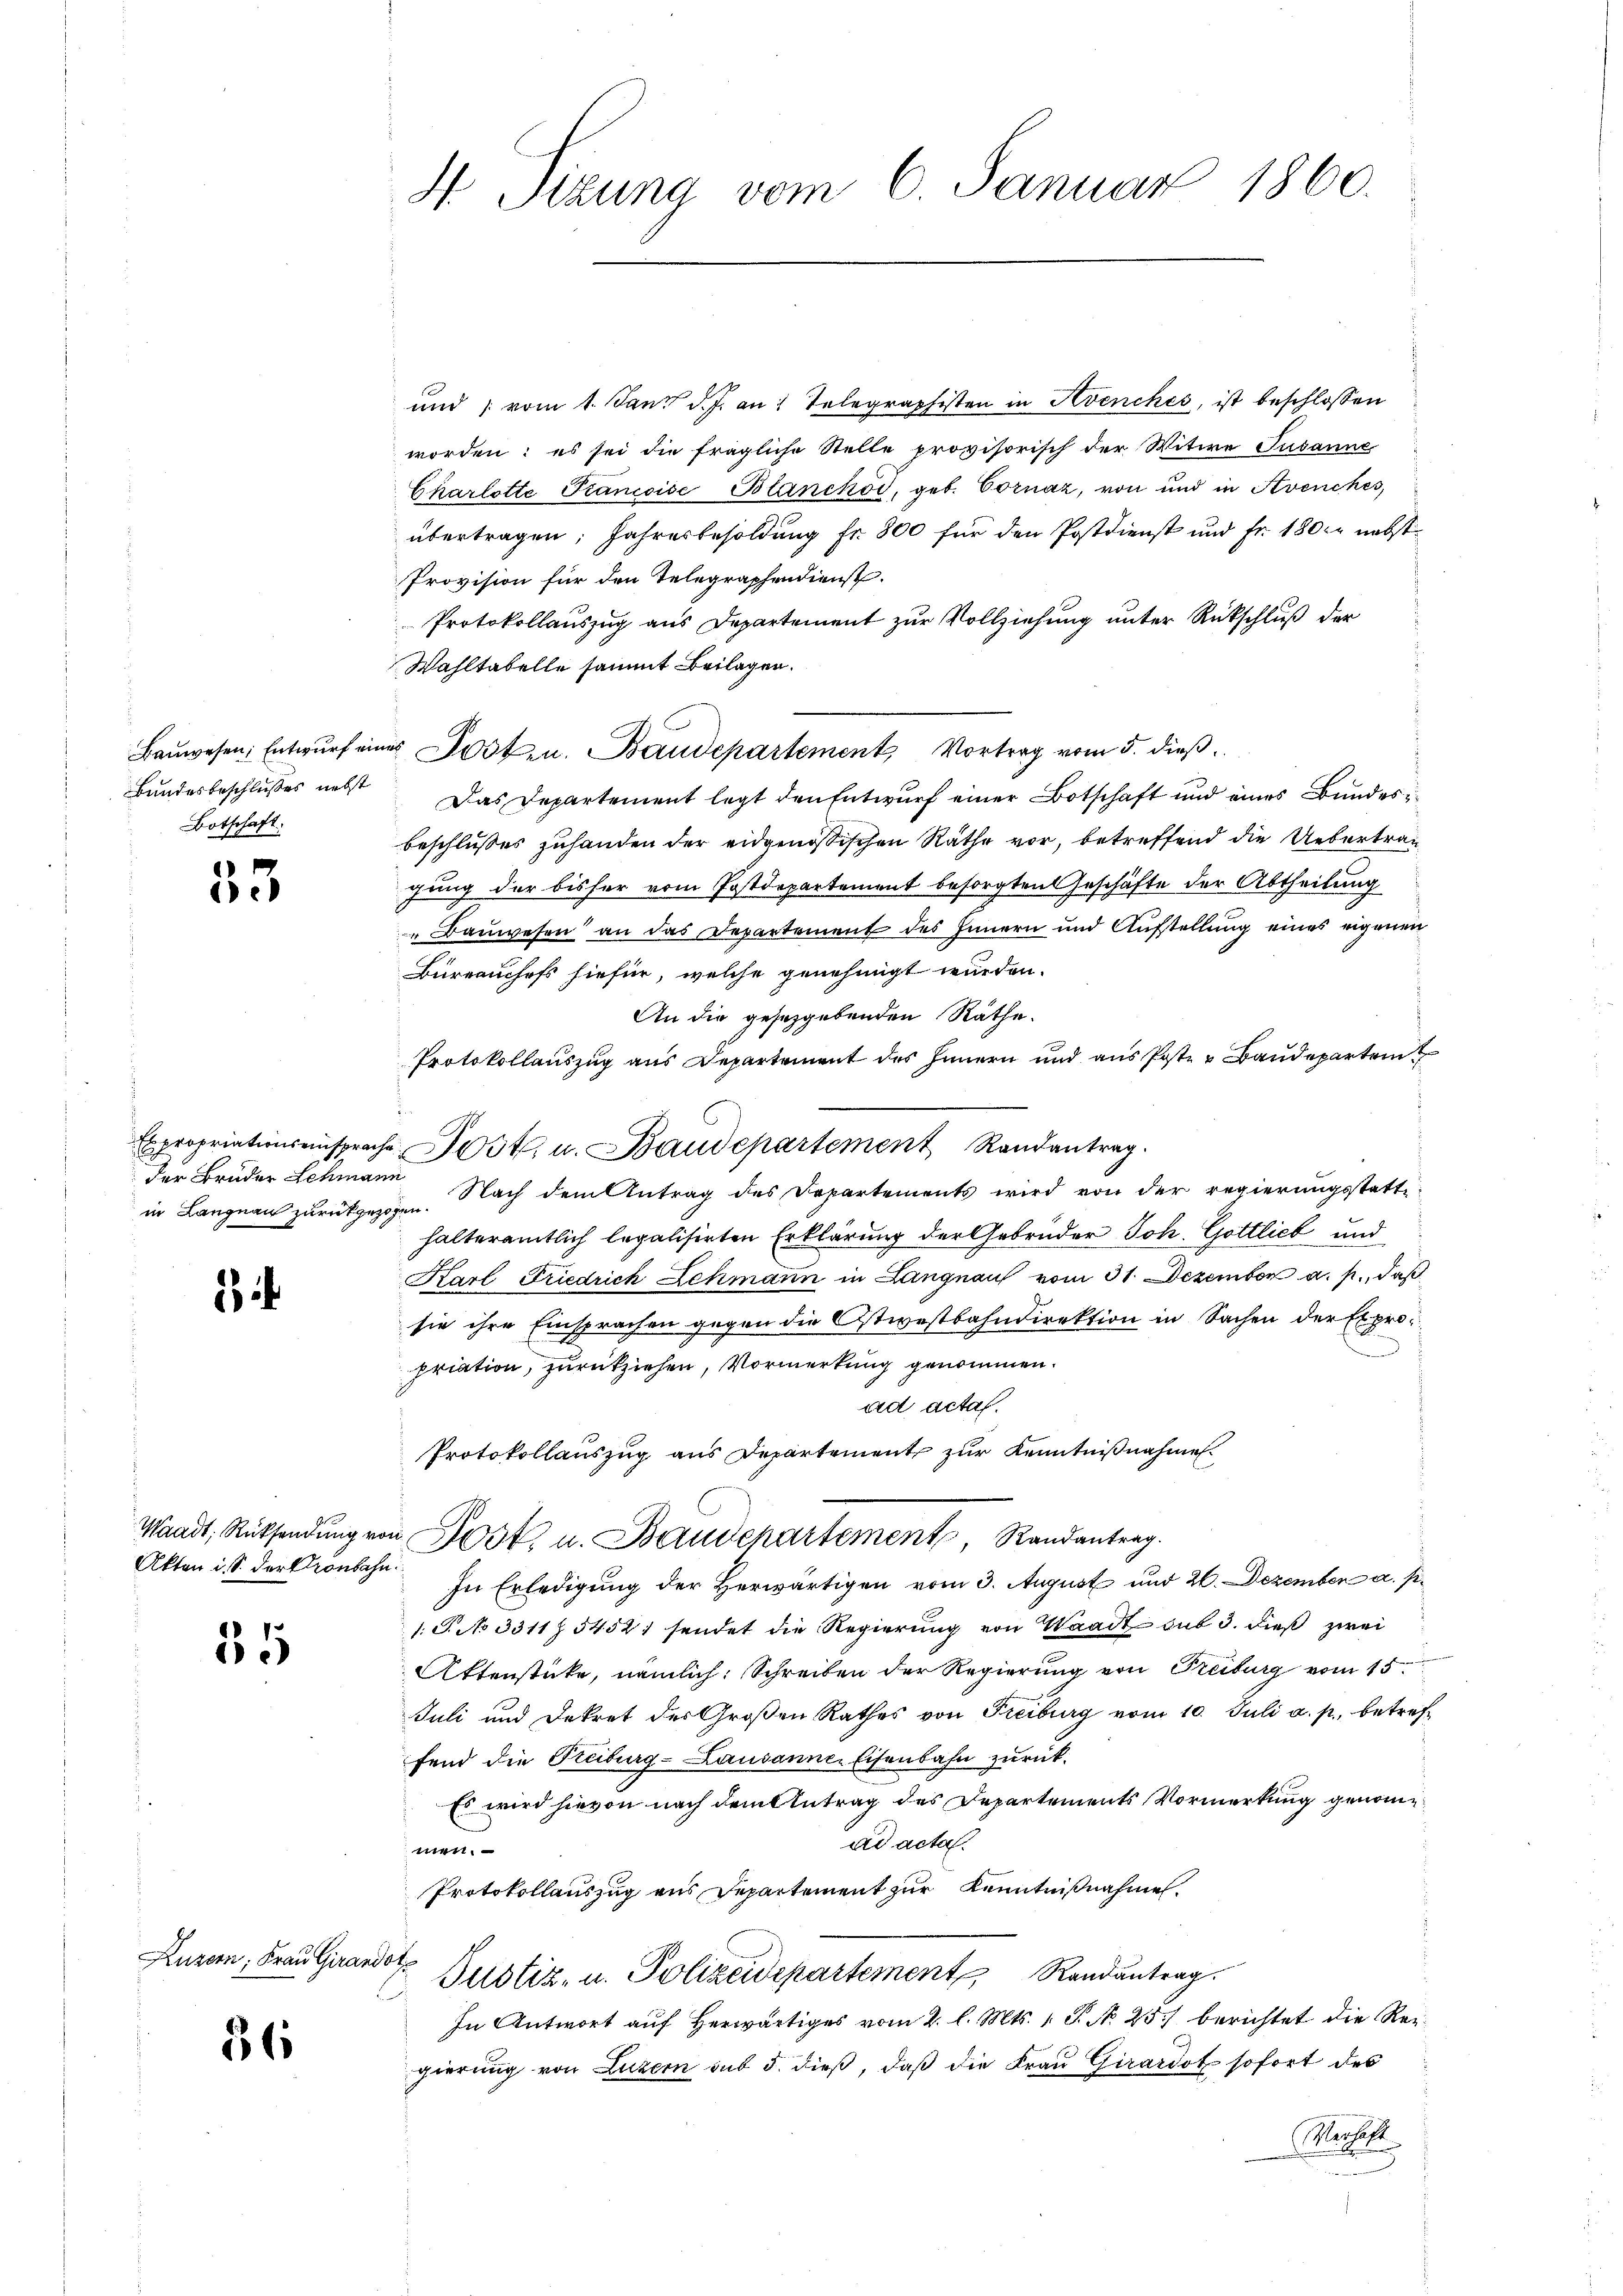
Bundesbeschlußes nebst
Botschaft.

35

der Bruder Schmann

2

Akten i. S. der Kronbahn

35

Luzern, Frau Girani

36

H Sizung vom 6. Januar 1860.

und vom 1. Janz d. J. an: Telegraphisten in Avenches, ist beschlossen
worden; es sei die fragliche Stelle provisorisch der Witwe Susanne
Charlotte Francoise Blanckod, geb. Cornaz, von und in Avenches,
übertragen: Jahresbesoldŭng fr. 800 für den Postdienst und fr. 1800 nebst
Provision für den Telegraphendienst.
Protokollauszug aus Departement zur Vollziehung unter Rückschluß der
Wahltabelle sammt Beilagen.
Baŭwesen; Entwurf eines Post- u. Baudepartement, Vortrag vom 5. dieß
Das Departement legt den Entwurf einer Botschaft und eines Bundesbeschlusses zuhanden der eidgenössischen Räthe vor, betreffend die Uebertrag
gung der bisher vom Postdepartement besorgten Geschäfte der Abtheilung
" Bauwesen an das Departement des Innern und Aufstellung eines eigenen
Bureauchofs hiefür, welche genehmigt wurden.
An die gesetzgebenden Räthe.
Protokollauszug aus Departement des Innern und ans Poste u Baŭdepartem
Expropriationsansprache Post. u. Baudepartement Randantrag.
in Langnau zurückgezogen. Nach dem Antrag des Departements wird von der regierungsstatthalteramtlich legalisirten Erklärung der Gebrüder Joh. Gottlieb und
Karl Friedrich Lehmann in Langnau vom 31. Dezember a. p., daß
sie ihre Einsprachen gegen die Ostwestbahndirektion in Sachen der Expropriation, zurückziehen, Vormerkung genommen.
ad acta.
Protokollauszug aus Departement zur Kenntnißnahmen.
Waadt, Rücksendŭng von Post u. Baudepartement, Randantrag.
In Erledigung der Herwärtigen vom 3. August und 20. Dezember a. p.
1: S. No 3311 § 54521 sendet die Regierung von Waadt sub 3. dieß zwei
Attenstücke, nämlich. Schreiben der Regierung von Freiburg vom 15.
Juli und Dekret der Großen Rathes von Freiburg vom 10. Juli a. p. betreffend die Freiburg-Lausanne Eisenbahn zurück.
Es wird hievon nach dem Antrag des Departements Vormerkung genomad acta.
men.
Protokollauszug aus Departement zur Kenntnißnahme.
oh
Justiz- u. Polizeidepartement Randantrag.
In Antwort auf Herwärtiges vom 2. l. Mts. 1. P. N. 25) berichtet die Regierung von Luzern sub 5. dieß, daß die Frau Girardot sofort des
Wechst